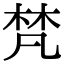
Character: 梵